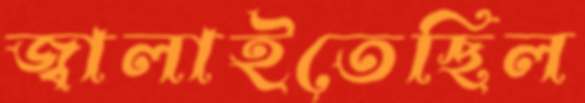
জ্বালাইতেছিল